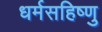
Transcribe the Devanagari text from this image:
धर्मसहिष्णु